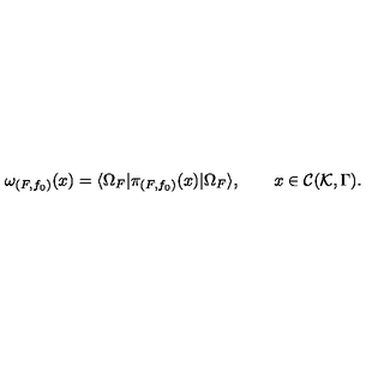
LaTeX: \omega _ { ( F , f _ { 0 } ) } ( x ) = \langle \Omega _ { F } | \pi _ { ( F , f _ { 0 } ) } ( x ) | \Omega _ { F } \rangle , \qquad x \in { \cal C } ( { \cal K } , \Gamma ) .